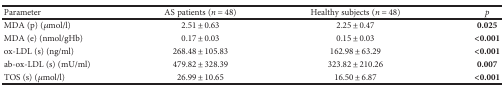
| Parameter | AS patients (n = 48) | Healthy subjects (n = 48) | p |
 | --- | --- | --- | --- |
 | MDA (p) (μmol/l) | 2.51 ± 0.63 | 2.25 ± 0.47 | 0.025 |
 | MDA (e) (nmol/gHb) | 0.17 ± 0.03 | 0.15 ± 0.03 | <0.001 |
 | ox-LDL (s) (ng/ml) | 268.48 ± 105.83 | 162.98 ± 63.29 | <0.001 |
 | ab-ox-LDL (s) (mU/ml) | 479.82 ± 328.39 | 323.82 ± 210.26 | 0.007 |
 | TOS (s) (μmol/l) | 26.99 ± 10.65 | 16.50 ± 6.87 | <0.001 |